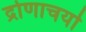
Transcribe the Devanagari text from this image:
द्रोणाचर्या